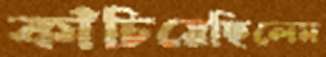
কাঁচিয়েছিলেম